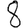
Digit: 8